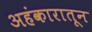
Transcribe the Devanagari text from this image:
अहंकारातून